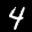
Label: 4